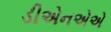
ડીએનએએ